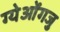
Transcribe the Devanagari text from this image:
ग्येओंगजु